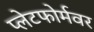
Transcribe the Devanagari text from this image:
प्लेटफोर्मवर